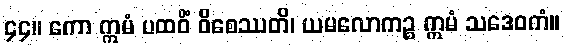
၄၄။ ကော ဣမံ ပထဝိံ ဝိစေဿတိ၊ ယမလောကဉ္စ ဣမံ သဒေဝကံ။